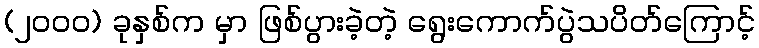
(၂၀၀၀) ခုနှစ်က မှာ ဖြစ်ပွားခဲ့တဲ့ ရွေးကောက်ပွဲသပိတ်ကြောင့်